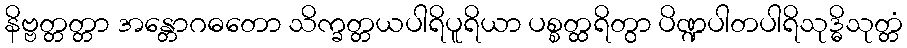
နိဗ္ဗတ္တတ္တာ အန္တောဂဓတော သိက္ခတ္တယပါရိပူရိယာ ပစ္စတ္ထရိတွာ ပိဏ္ဍပါတပါရိသုဒ္ဓိသုတ္တံ